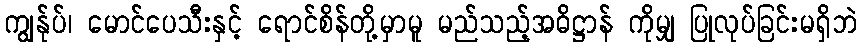
ကျွန်ုပ်၊ မောင်ပေသီးနှင့် ရောင်စိန်တို့မှာမူ မည်သည့်အဓိဋ္ဌာန် ကိုမျှ ပြုလုပ်ခြင်းမရှိဘဲ